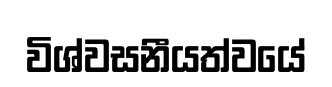
විශ්වසනීයත්වයේ